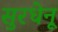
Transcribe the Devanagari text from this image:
सुरधेनू